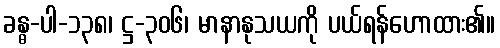
ခန္ဓ-ပါ-၁၃၈၊ ဋ္ဌ-၃၀၆၊ မာနာနုသယကို ပယ်ရန်ဟောထား၏။